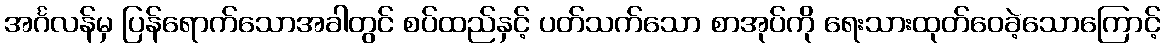
အင်္ဂလန်မှ ပြန်ရောက်သောအခါတွင် စပ်ထည်နှင့် ပတ်သက်သော စာအုပ်ကို ရေးသားထုတ်ဝေခဲ့သောကြောင့်